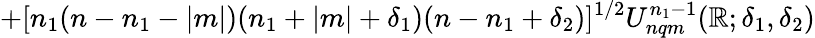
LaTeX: +[n_{1}(n-n_{1}-|m|)(n_{1}+|m|+\delta_{1})(n-n_{1}+\delta_{2})]^{1/2}U_{nqm}^{n_{1}-1}(\mathbb{R};\delta_{1},\delta_{2})